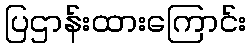
ပြဌာန်းထားကြောင်း